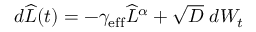
\begin{array} { r } { d \widehat { L } ( t ) = - \gamma _ { \mathrm { e f f } } \widehat { L } ^ { \alpha } + \sqrt { D } \; d W _ { t } } \end{array}